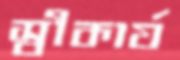
স্বীকার্য